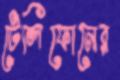
টেলিফোনের